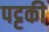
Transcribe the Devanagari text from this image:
पट्टकी